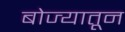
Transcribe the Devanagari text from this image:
बोज्यातून